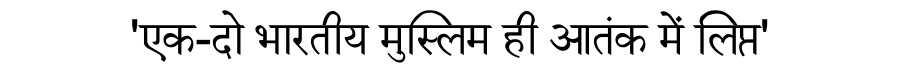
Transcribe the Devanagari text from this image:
'एक-दो भारतीय मुस्लिम ही आतंक में लिप्त'